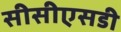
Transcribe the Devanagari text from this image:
सीसीएसडी